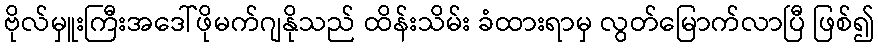
ဗိုလ်မှူးကြီးအဒေါ်ဖိုမက်ဂျနိုသည် ထိန်းသိမ်း ခံထားရာမှ လွတ်မြောက်လာပြီ ဖြစ်၍